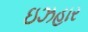
ઇઝહાર